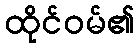
ထိုင်ဝမ်၏